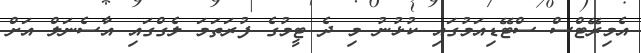
އެމިރޭޓްސް ސްޓޭޑިއަމުގައި ކުޅުނު މި ދެ ޓީމުގެ ފުރަތަމަ ލެގްގައި އާސެނަލް އަށް